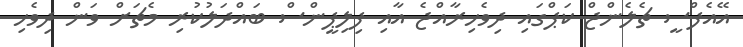
އޭއެފްސީ ޗެލެންޖް ކަޕްގައި ދިވެހިރާއްޖެ އާއި ފިލިޕީންސް ބައްދަލުކުރި މެޗަށް ވަން ދިވެހި